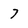
Character: 7